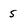
Character: s